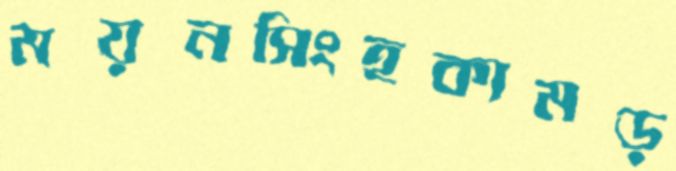
ময়নসিংহকামড়